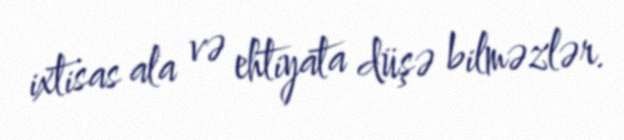
ixtisas ala və ehtiyata düşə bilməzlər.